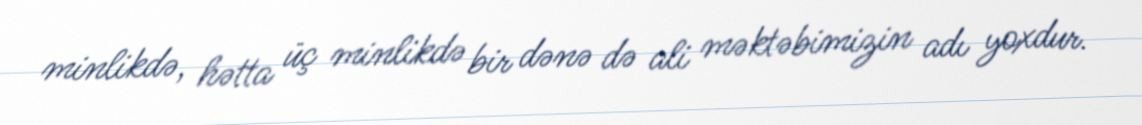
minlikdə, hətta üç minlikdə bir dənə də ali məktəbimizin adı yoxdur.